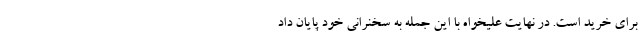
برای خرید است. در نهایت علیخواه با این جمله به سخنرانی خود پایان داد